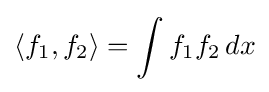
\langle f_{1},f_{2}\rangle =\int f_{1}f_{2}\,dx